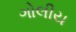
ગોલીય